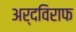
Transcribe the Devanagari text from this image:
अर्दविराफ